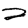
Digit: 2